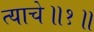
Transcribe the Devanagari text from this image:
त्याचे॥१॥